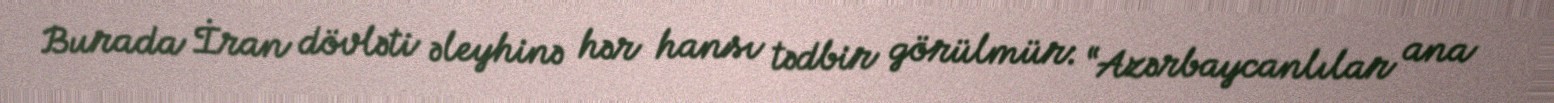
Burada İran dövləti əleyhinə hər hansı tədbir görülmür: “Azərbaycanlılar ana